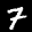
Label: 7